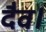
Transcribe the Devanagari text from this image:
दैव।